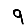
Digit: 9